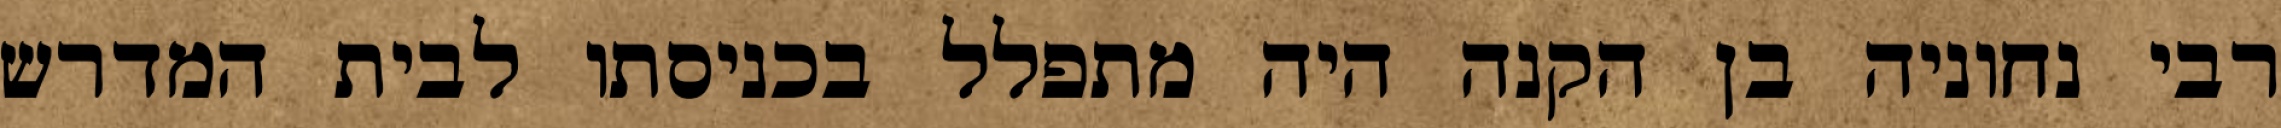
רבי נחוניה בן הקנה היה מתפלל בכניסתו לבית המדרש